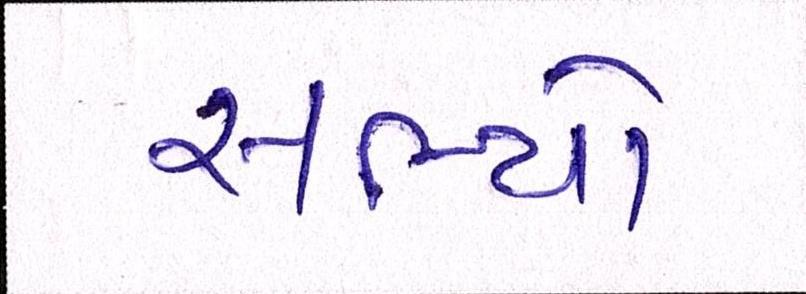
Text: સભ્યો